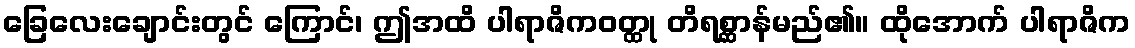
ခြေလေးချောင်းတွင် ကြောင်၊ ဤအထိ ပါရာဇိကဝတ္ထု တိရစ္ဆာန်မည်၏။ ထိုအောက် ပါရာဇိက